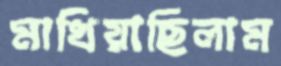
মাখিয়াছিলাম